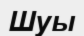
Шуы